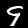
Label: 9